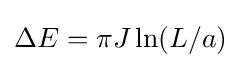
\Delta E=\pi J\ln(L/a)